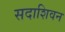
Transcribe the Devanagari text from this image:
सदाशिवन